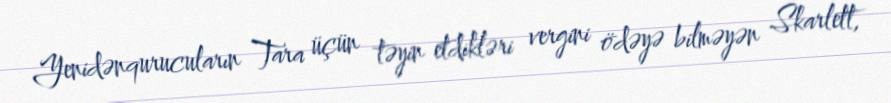
Yenidənqurucuların Tara üçün təyin etdikləri vergini ödəyə bilməyən Skarlett,